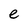
Character: e